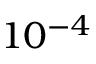
1 0 ^ { - 4 }